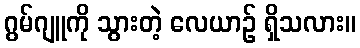
ဂွမ်ဂျူကို သွားတဲ့ လေယာဉ် ရှိသလား။